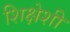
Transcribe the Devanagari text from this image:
शिक्षेशी